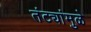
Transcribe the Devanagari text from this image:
तंट्यांमुळे